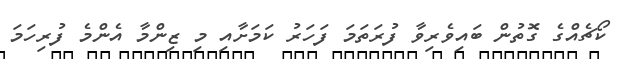
ކޯޗެއްގެ ގޮތުން ބައިވެރިވާ ފުރަތަމަ ފަހަރު ކަމަށާއި މި ޒިންމާ އެންމެ ފުރިހަމަ